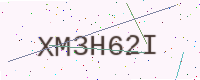
Text: XM3H62I